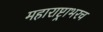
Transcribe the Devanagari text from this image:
महाराष्ट्राभरच